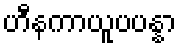
ဟီနကာယူပပန္နာ